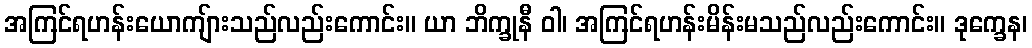
အကြင်ရဟန်းယောကျ်ားသည်လည်းကောင်း။ ယာ ဘိက္ခုနီ ဝါ၊ အကြင်ရဟန်းမိန်းမသည်လည်းကောင်း။ ဒုက္ခေန၊